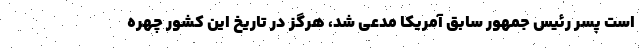
است پسر رئیس جمهور سابق آمریکا مدعی شد، هرگز در تاریخ این کشور چهره‌